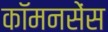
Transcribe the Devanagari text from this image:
कॉमनसेंस